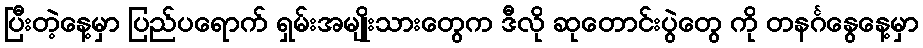
ပြီးတဲ့နေ့မှာ ပြည်ပရောက် ရှမ်းအမျိုးသားတွေက ဒီလို ဆုတောင်းပွဲတွေ ကို တနင်္ဂနွေနေ့မှာ